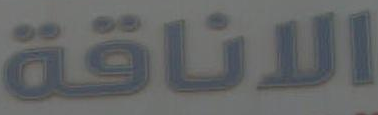
الاناقة